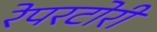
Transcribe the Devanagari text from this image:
रेपरटोरी